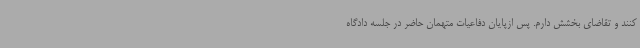
کنند و تقاضای بخشش دارم. پس ازپایان دفاعیات متهمان حاضر در جلسه دادگاه